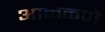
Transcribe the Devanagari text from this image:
आकळणे